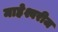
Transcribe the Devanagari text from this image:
माहेश्वरीज